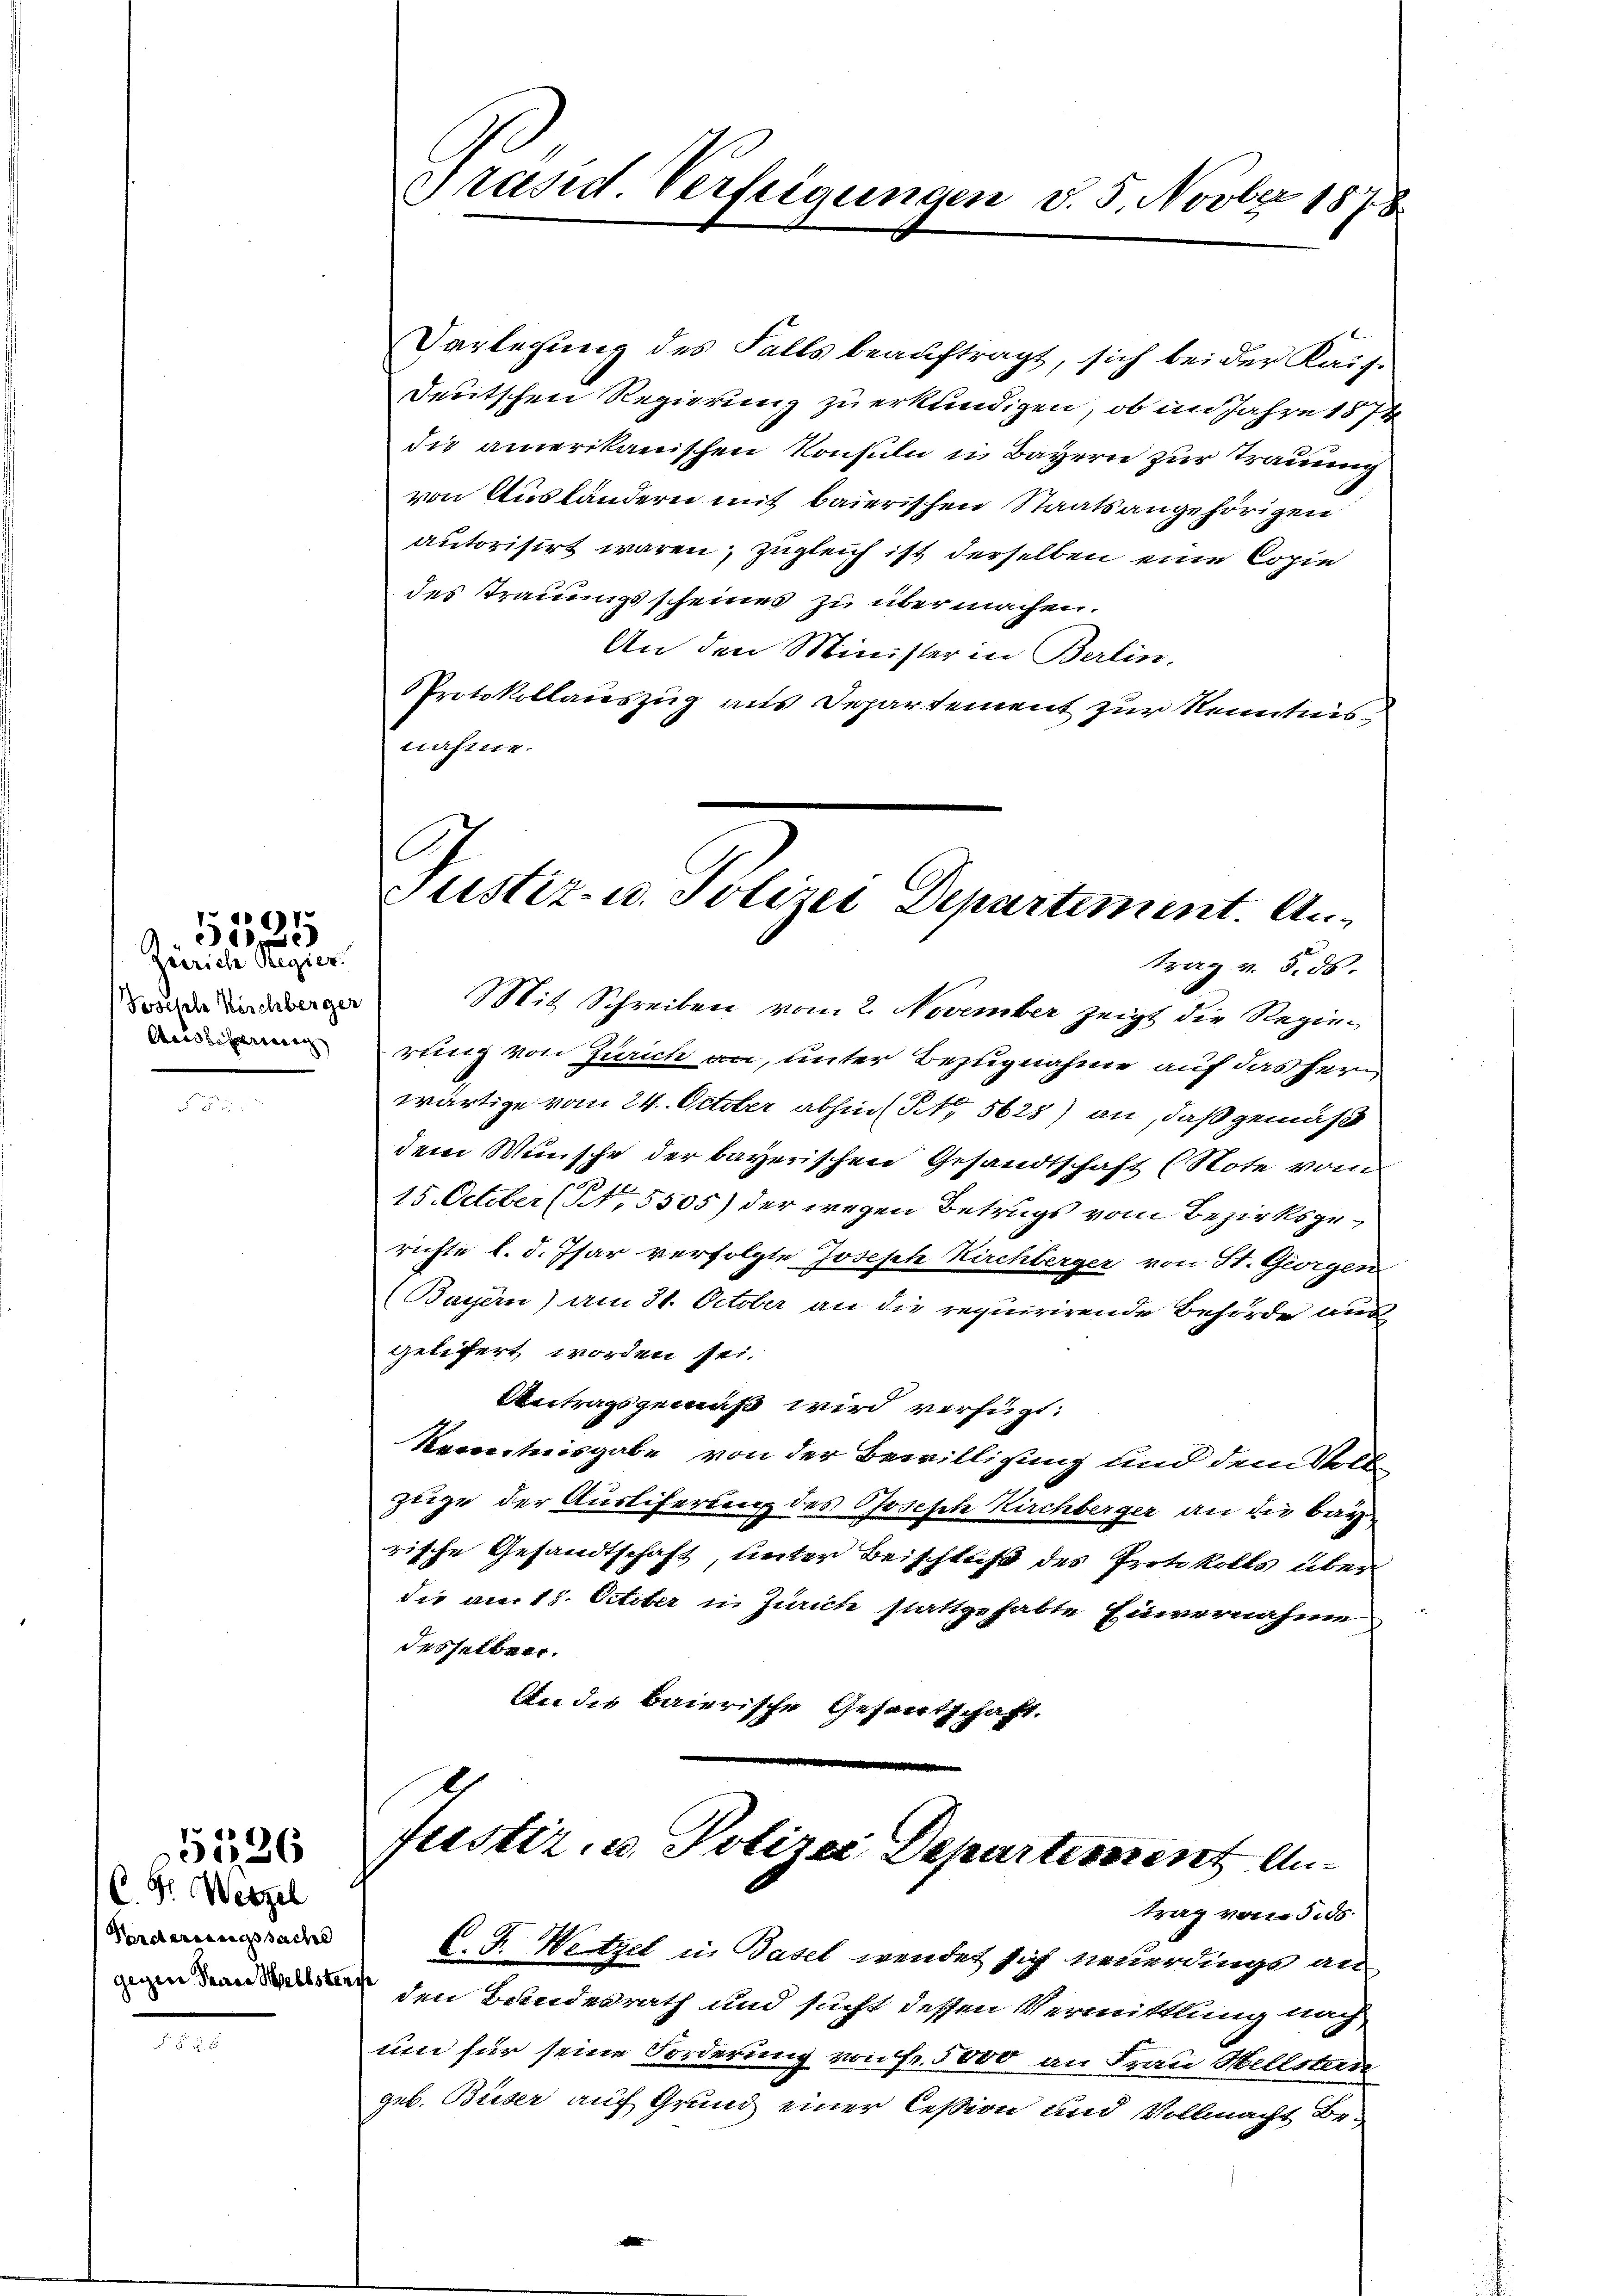
Zürich Regier
Josefele Bischberger
Auslibering

491.
)

C. Fr. Wenzel
Fordertes sache

51236

Varlegung des Falls beauftragt, sich bei der Kais
Deutschen Regierung zu erkundigen, ob im Jahre 1874
die amerikanischen Konsuln in Bayern zur Trauung
von Ausländern mit baierischen Staatsangehörigen
autorisirt waren; zugleich ist derselben eine Copie
des Trauungsscheines zu übermachen.
An den Minister in Berlin.
Protokollauszug aus Departement zur Kenntnis
nahme.

Präsid. Verfeigungen d. 5. Novber 1878

Justiz- u. Polizei Departement. An¬

trag v. 5. ds.
Mit Schreiben vom 2. November zeigt die Regierung von Zürich an, unter Bezugnahme auf das hern
wärtige vom 24. October abhin (S. 5628) an, daß gemäß
dem Wunsche der bayerischen Gesandtschaft (Note vom
15. October (NNo. 5505) der wegen Betrugs vom Bezirksgerichte l. d. Jsar verfolgte Joseph Kirchberger von St. Georgen
(Bayern) am 31. October an die requirirende Behörde aus
getifert worden sei.
Antragsgemäß wird verfügt:
Kenntnisgabe von der Bewilligung und dem Voll
züge der Ausliferung des Posesch Kirchberger an die Bay
rische Gesandtschaft, unter Beischluß des Protokolls über
die am 18. October in Zürich stattgehabte Einvernahme
desselben.
An die baierische Gesantschaft.

fustiz, u. Polizei Departement Antrag von 500

C. J. Weitzel in Basel wendet sich neuerdings an
 den Bundesrath und sucht dessen Vermittlung nach
um für seine Forderung von Fr. 5000 an Frau Hellstade
geb. Buser auf Grund einer Cession und Vollmacht be-